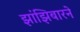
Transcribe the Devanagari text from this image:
झांझिबारने